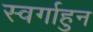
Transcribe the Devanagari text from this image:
स्वर्गाहुन